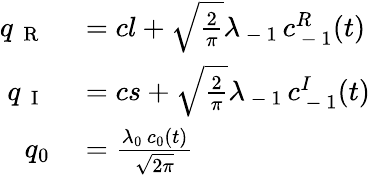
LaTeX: \begin{array}{rl}{q_{\mathrm{~{~R~}~}}}&{{}=cl+\sqrt{\frac{2}{\pi}}\lambda_{\mathrm{~-~}1}\, c_{\mathrm{~-~}1}^{R}(t)}\\ {q_{\mathrm{~{~I~}~}}}&{{}=cs+\sqrt{\frac{2}{\pi}}\lambda_{\mathrm{~-~}1}\, c_{\mathrm{~-~}1}^{I}(t)}\\ {q_{0}}&{{}=\frac{\lambda_{0}\, c_{0}(t)}{\sqrt{2\pi}}}\end{array}